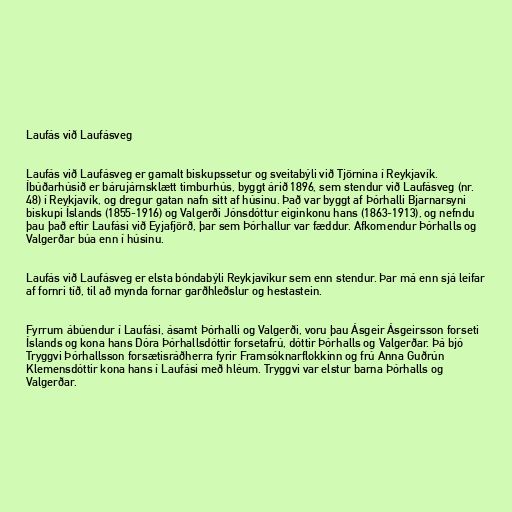
Laufás við Laufásveg

Laufás við Laufásveg er gamalt biskupssetur og sveitabýli við Tjörnina í Reykjavík.
Íbúðarhúsið er bárujárnsklætt timburhús, byggt árið 1896, sem stendur við Laufásveg (nr.
48) í Reykjavík, og dregur gatan nafn sitt af húsinu. Það var byggt af Þórhalli Bjarnarsyni
biskupi Íslands (1855-1916) og Valgerði Jónsdóttur eiginkonu hans (1863-1913), og nefndu
þau það eftir Laufási við Eyjafjörð, þar sem Þórhallur var fæddur. Afkomendur Þórhalls og
Valgerðar búa enn í húsinu.

Laufás við Laufásveg er elsta bóndabýli Reykjavíkur sem enn stendur. Þar má enn sjá leifar
af fornri tíð, til að mynda fornar garðhleðslur og hestastein.

Fyrrum ábúendur í Laufási, ásamt Þórhalli og Valgerði, voru þau Ásgeir Ásgeirsson forseti
Íslands og kona hans Dóra Þórhallsdóttir forsetafrú, dóttir Þórhalls og Valgerðar. Þá bjó
Tryggvi Þórhallsson forsætisráðherra fyrir Framsóknarflokkinn og frú Anna Guðrún
Klemensdóttir kona hans í Laufási með hléum. Tryggvi var elstur barna Þórhalls og
Valgerðar.